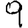
Digit: 9